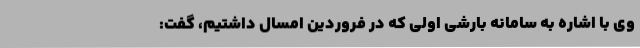
وی با اشاره به سامانه بارشی اولی که در فروردین امسال داشتیم، گفت: